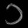
Digit: ၁